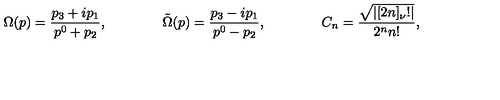
\Omega ( p ) = \frac { p _ { 3 } + i p _ { 1 } } { p ^ { 0 } + p _ { 2 } } , \qquad \qquad \tilde { \Omega } ( p ) = \frac { p _ { 3 } - i p _ { 1 } } { p ^ { 0 } - p _ { 2 } } , \qquad \qquad C _ { n } = \frac { \sqrt { | [ 2 n ] _ { \nu } ! | } } { 2 ^ { n } n ! } ,